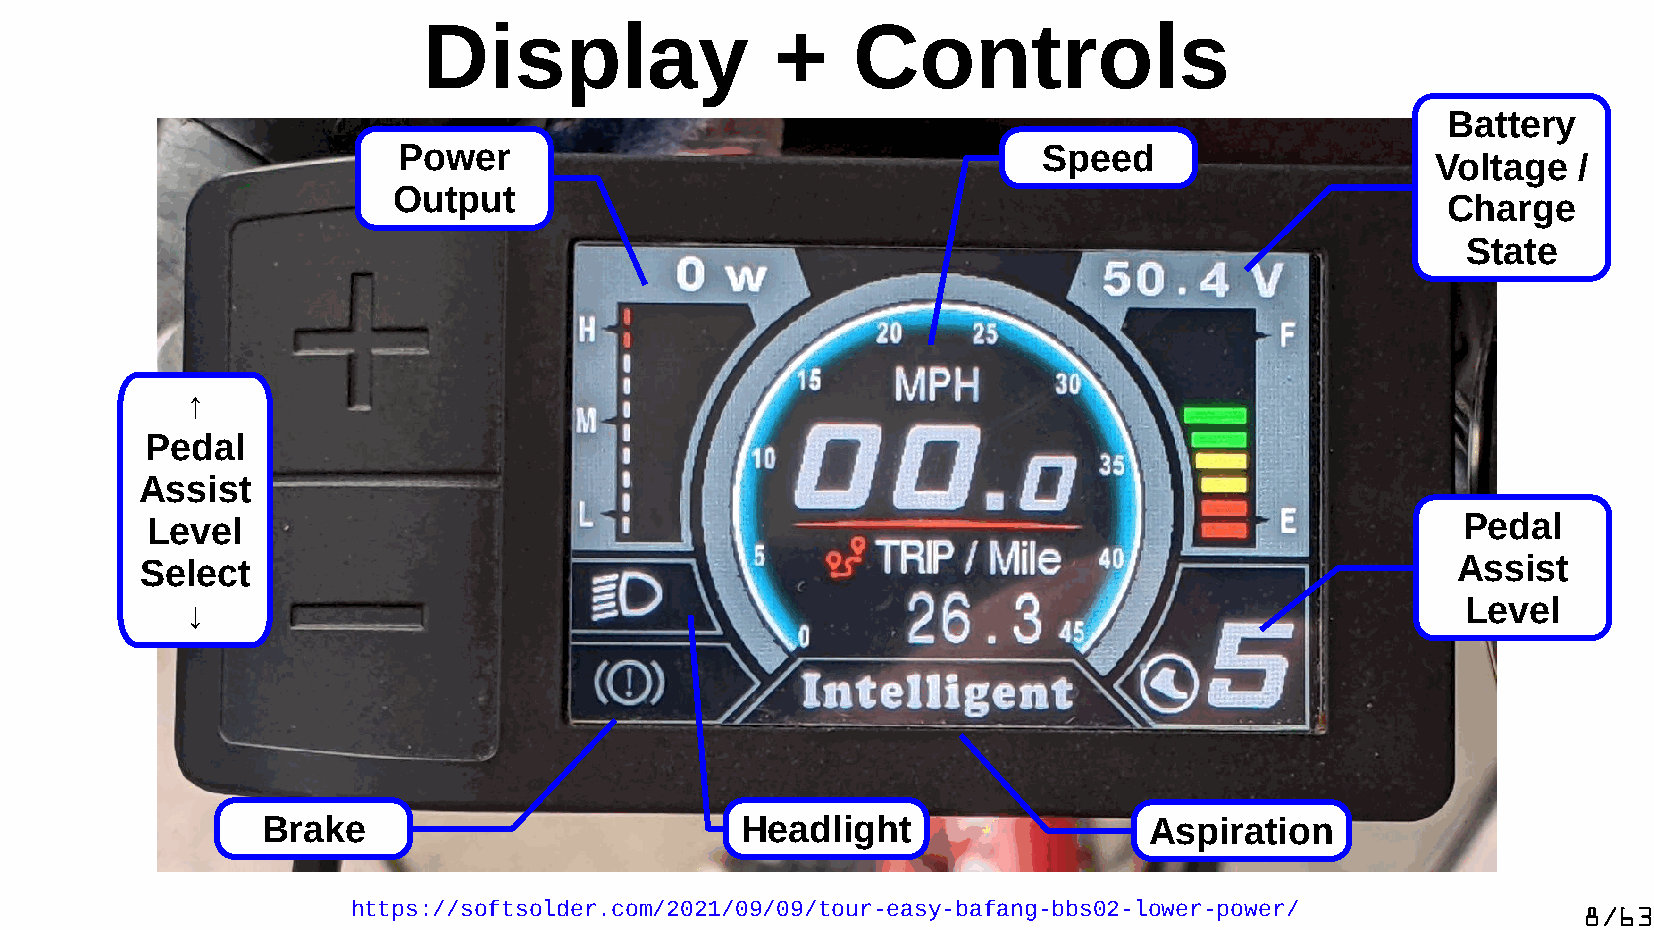
Display                +    Controls
 Battery
 Power                                      Speed
 Voltage  /
 Output
 Charge
 State
 ↑
 Pedal
 Assist
 Level                                                                                  Pedal
 Select                                                                                 Assist
 ↓                                                                                    Level
 Brake                           Headlight                  Aspiration
 https://softsolder.com/2021/09/09/tour-easy-bafang-bbs02-lower-power/             8/63